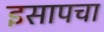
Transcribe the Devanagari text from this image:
इसापचा